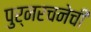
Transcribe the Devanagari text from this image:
पुर्नरचनेची